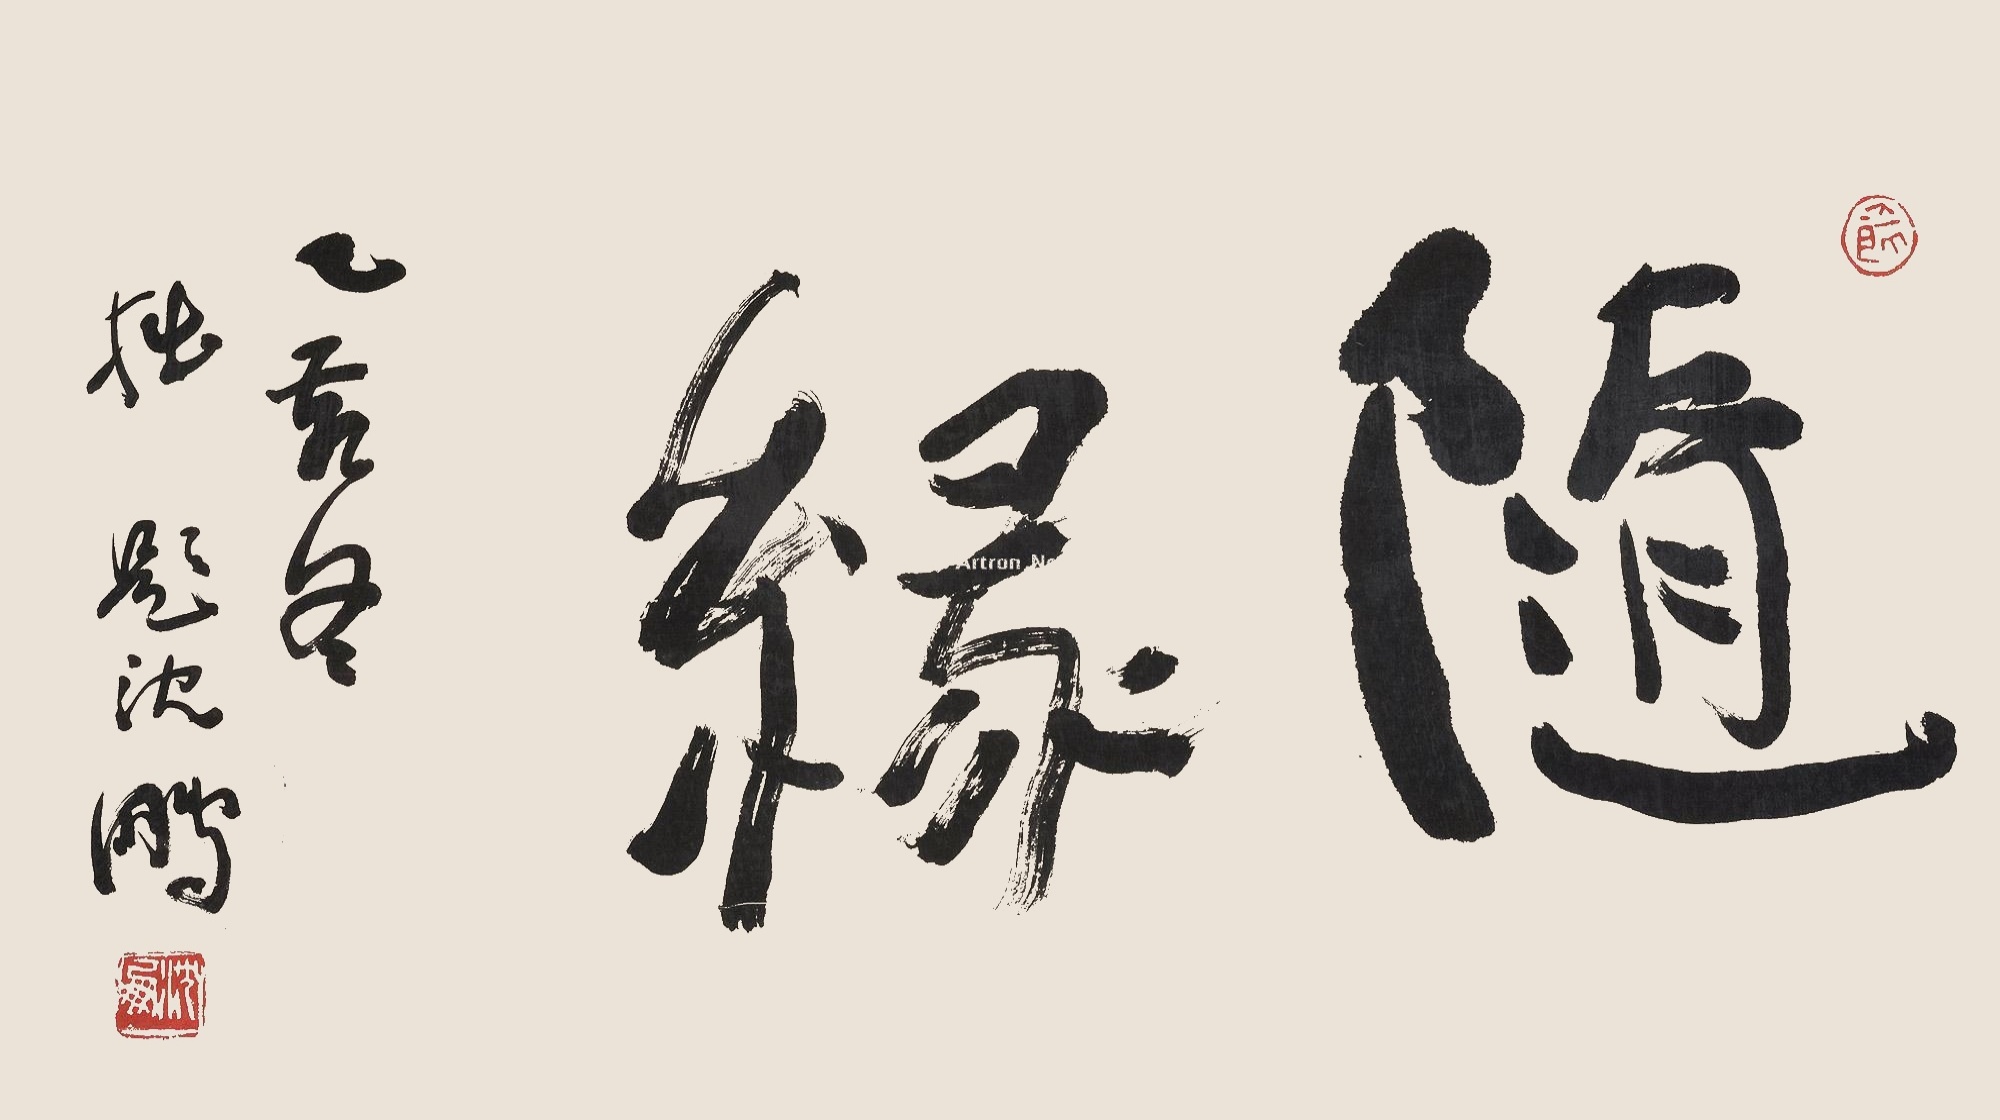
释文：随缘。乙亥冬拙题，沈鹏。